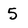
Character: 5